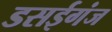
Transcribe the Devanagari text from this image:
डसईगंज